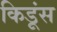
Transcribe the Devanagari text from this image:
किडूंस